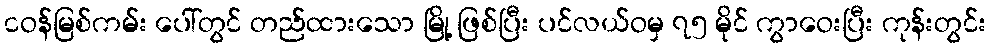
ငဝန်မြစ်ကမ်း ပေါ်တွင် တည်ထားသော မြို့ ဖြစ်ပြီး ပင်လယ်ဝမှ ၇၅ မိုင် ကွာဝေးပြီး ကုန်းတွင်း